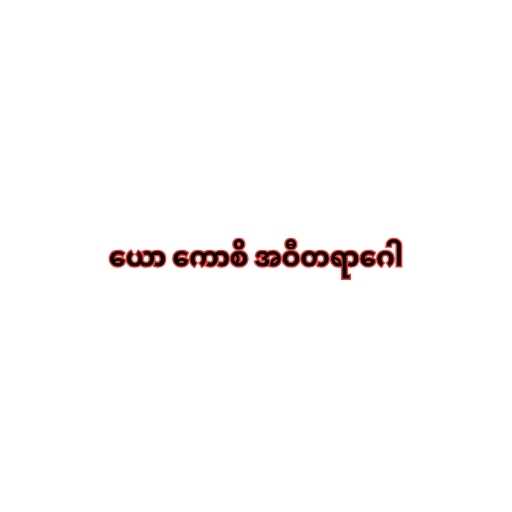
ယော ကောစိ အဝီတရာဂေါ